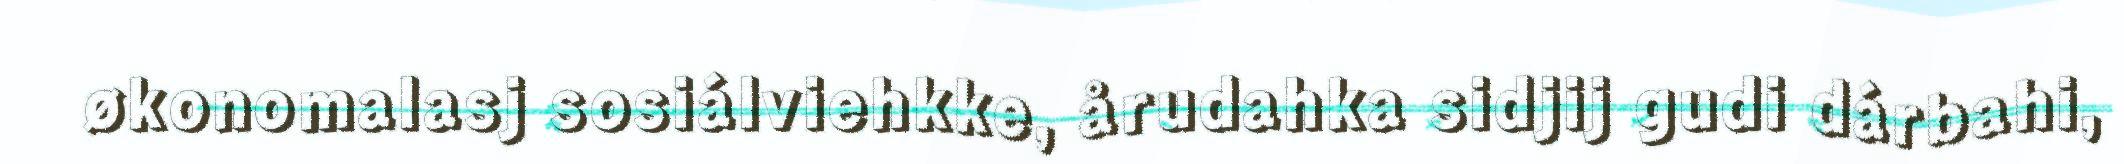
økonomalasj sosiálviehkke, årudahka sidjij gudi dárbahi,